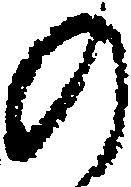
の